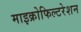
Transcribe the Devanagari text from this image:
माइक्रोफिल्टरेशन